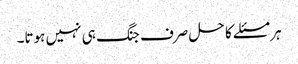
ہر مسئلے کا حل صرف جنگ ہی نہیں ہوتا۔